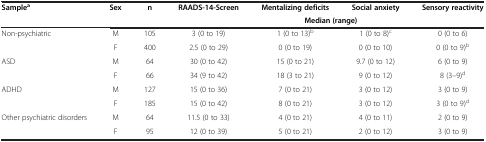
<table><thead><tr><td><b>Sample<sup>a</sup></b></td><td><b>Sex</b></td><td><b>n</b></td><td><b>RAADS-14-Screen</b></td><td><b>Mentalizing deficits</b></td><td><b>Social anxiety</b></td><td><b>Sensory reactivity</b></td></tr><tr><td><b> </b></td><td><b> </b></td><td><b> </b></td><td colspan="4"><b>Median (range)</b></td></tr></thead><tbody><tr><td rowspan="2">Non-psychiatric</td><td>M</td><td>105</td><td>3 (0 to 19)</td><td>1 (0 to 13)<sup>b</sup></td><td>1 (0 to 8)<sup>c</sup></td><td>0 (0 to 6)</td></tr><tr><td>F</td><td>400</td><td>2.5 (0 to 29)</td><td>0 (0 to 19)</td><td>0 (0 to 10)</td><td>0 (0 to 9)<sup>b</sup></td></tr><tr><td rowspan="2">ASD</td><td>M</td><td>64</td><td>30 (0 to 42)</td><td>15 (0 to 21)</td><td>9.7 (0 to 12)</td><td>6 (0 to 9)</td></tr><tr><td>F</td><td>66</td><td>34 (9 to 42)</td><td>18 (3 to 21)</td><td>9 (0 to 12)</td><td>8 (3–9)<sup>d</sup></td></tr><tr><td rowspan="2">ADHD</td><td>M</td><td>127</td><td>15 (0 to 36)</td><td>7 (0 to 21)</td><td>3 (0 to 12)</td><td>3 (0 to 9)</td></tr><tr><td>F</td><td>185</td><td>15 (0 to 42)</td><td>8 (0 to 21)</td><td>3 (0 to 12)</td><td>3 (0 to 9)<sup>d</sup></td></tr><tr><td>Other psychiatric disorders</td><td>M</td><td>64</td><td>11.5 (0 to 33)</td><td>4 (0 to 21)</td><td>4 (0 to 11)</td><td>2 (0 to 9)</td></tr><tr><td> </td><td>F</td><td>95</td><td>12 (0 to 39)</td><td>5 (0 to 21)</td><td>2 (0 to 12)</td><td>3 (0 to 9)</td></tr></tbody></table>